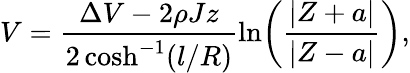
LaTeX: V=\frac{\Delta V-2\rho Jz}{2\cosh^{-1}(l/R)}\ln\! \left(\frac{|Z+a|}{|Z-a|}\right),